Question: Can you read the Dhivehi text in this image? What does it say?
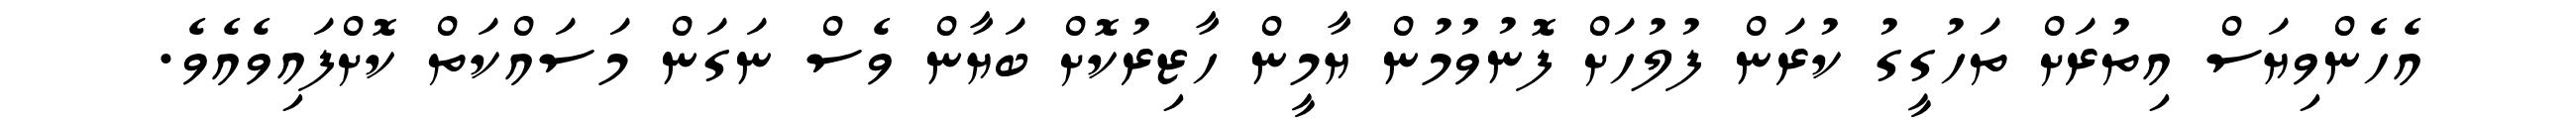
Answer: އެހެންވިޔަސް އިތުރަށް ތަހުގީގު ކުރަން ފުލުހަށް ފޮނުވުމުން ޔާމީން ހާޒިރުކޮށް ބަޔާން ވެސް ނަގަން މަސައްކަތް ކޮށްފައިވެއެވެ.